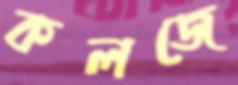
কলজে